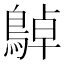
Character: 𪂱